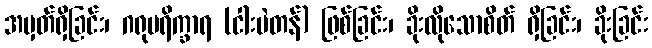
အမှတ်ရှိခြင်း၊ ဂရုပရိက္ခာရ (ငါးပဲတန်) ဖြစ်ခြင်း၊ ခိုးလိုသောစိတ် ရှိခြင်း၊ ခိုးခြင်း